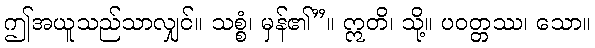
ဤအယူသည်သာလျှင်။ သစ္စံ၊ မှန်၏”။ ဣတိ၊ သို့။ ပဝတ္တဿ၊ သော။